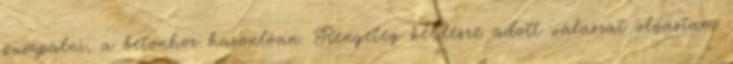
pumpálni, a betonhoz hasonlóan. Rengeteg kérdésre adott válaszát olvastam